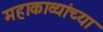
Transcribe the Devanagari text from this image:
महाकाव्यांच्या